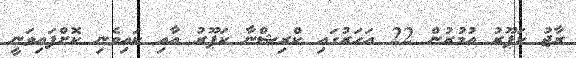
ރާޖު ކަޕޫރު އުމުރުން 22 އަހަރުގައި ކްރިޝްނާ ކަޕޫރު އާއި ކައިވެނި ކޮށްފައިވަނީ